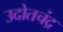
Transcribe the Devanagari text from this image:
उदोतचंद्र